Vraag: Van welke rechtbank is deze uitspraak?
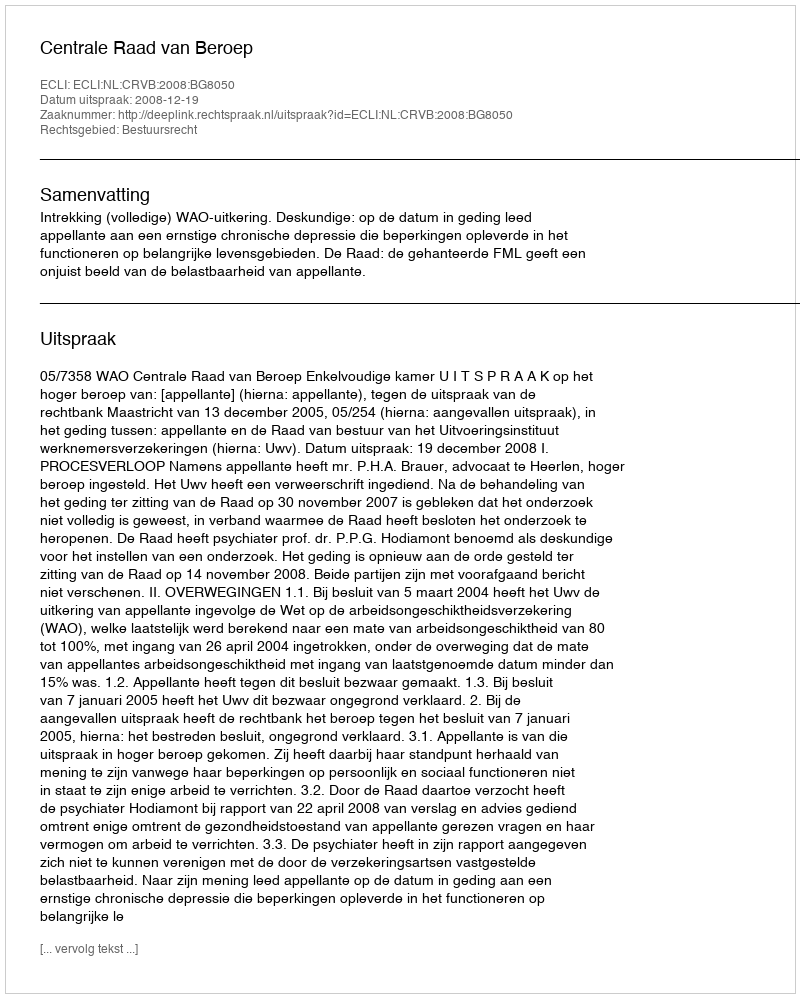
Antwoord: Centrale Raad van Beroep